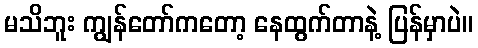
မသိဘူး ကျွန်တော်ကတော့ နေထွက်တာနဲ့ ပြန်မှာပဲ။